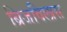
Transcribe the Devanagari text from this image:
ब्रिजविलास